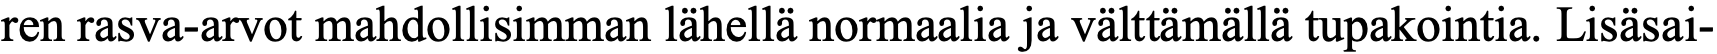
ren rasva-arvot mahdollisimman lähellä normaalia ja välttämällä tupakointia. Lisäsai-